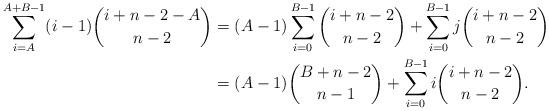
LaTeX: \begin{align*}\sum_{i=A}^{A+B-1}(i-1)\binom{i+n-2-A}{n-2}&=(A-1)\sum_{i=0}^{B-1}\binom{i+n-2}{n-2}+\sum_{i=0}^{B-1}j\binom{i+n-2}{n-2} \\&= (A-1)\binom{B+n-2}{n-1}+\sum_{i=0}^{B-1}i\binom{i+n-2}{n-2} . \\\end{align*}